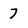
Character: 7